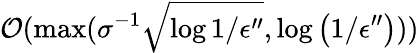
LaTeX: \mathcal{O}(\operatorname*{max}(\sigma^{-1}\sqrt{\log{1/\epsilon^{\prime\prime}}},\log\left(1/\epsilon^{\prime\prime}\right)))